Lunatic asylums Punjab 1911-1921 - 1911-1921
Year: 1911
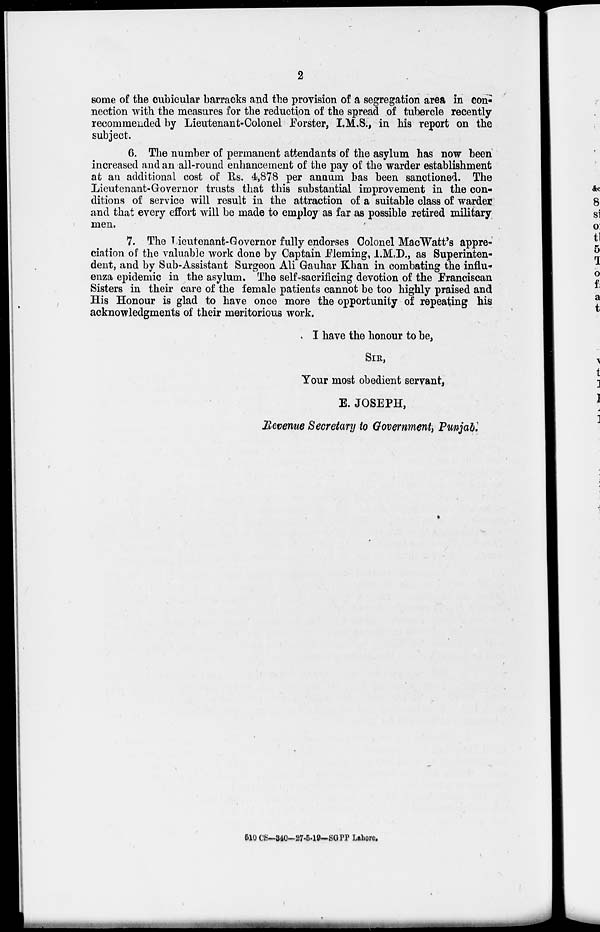
2
some of the cubicular barracks and the provision of a segregation area in con-
nection with the measures for the reduction of the spread of tubercle recently
recommended by Lieutenant-Colonel Forster, I.M.S., in his report on the
subject.
6. The number of permanent attendants of the asylum has now been
increased and an all-round enhancement of the pay of the warder establishment
at an additional cost of Rs. 4,878 per annum has been sanctioned. The
Lieutenant-Governor trusts that this substantial improvement in the con-
ditions of service will result in the attraction of a suitable class of warder
and that every effort will be made to employ as far as possible retired military
men.
7. The Lieutenant-Governor fully endorses Colonel MacWatt's appre-
ciation of the valuable work done by Captain Fleming, I.M.D., as Superinten-
dent, and by Sub-Assistant Surgeon Ali Gauhar Khan in combating the influ-
enza epidemic in the asylum. The self-sacrificing devotion of the Franciscan
Sisters in their care of the female patients cannot be too highly praised and
His Honour is glad to have once more the opportunity of repeating his
acknowledgments of their meritorious work.
I have the honour to be,
SIR,
Your most obedient servant,
E. JOSEPH,
Revenue Secretary to Government, Punjab.
510 CS–340–27-5-19–SGPP Lahore.